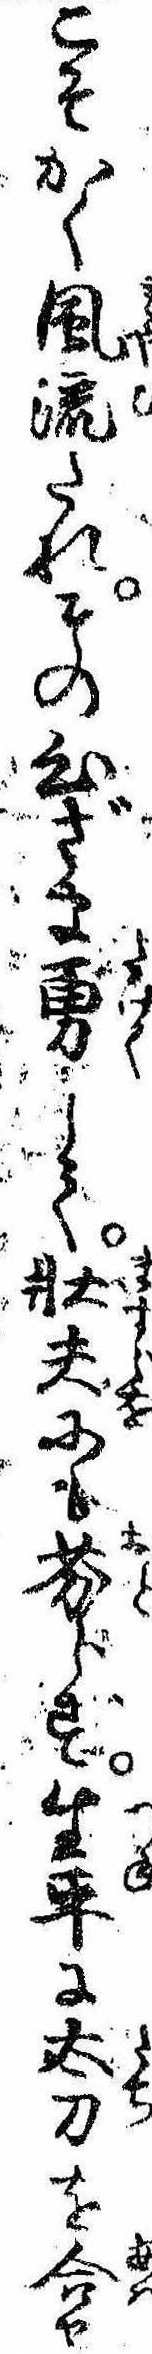
こそかく風流たれその心ざま勇して壮夫にも劣らず生平に太刀を合せ